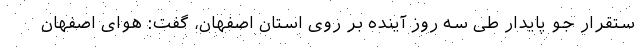
ستقرار جو پایدار طی سه روز آینده بر روی استان اصفهان، گفت: هوای اصفهان